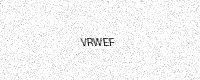
Text: VRWEF